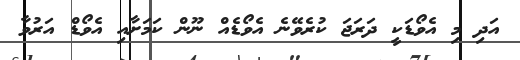
އަދި މި އެވޯޑަކީ ދަރަޖަ ކުރެވޭނެ އެވޯޑެއް ނޫން ކަމަށާއި އެވޯޑް އަރުވާ